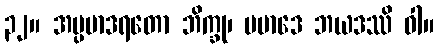
၃၂။ အပ္ပမာဒရတော ဘိက္ခု၊ ပမာဒေ ဘယဒဿိ ဝါ။